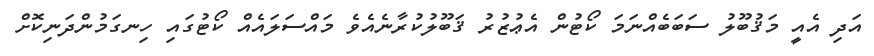
އަދި އެއީ މަޤުބޫލު ސަބަބެއްނަމަ ކޯޓުން އެޢުޒުރު ޤަބޫލުކުރާނެއެވެ މައްސަލައެއް ކޯޓުގައި ހިނގަމުންދަނިކޮށް